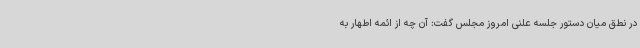
در نطق میان دستور جلسه علنی امروز مجلس گفت: آن چه از ائمه اطهار به